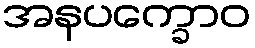
အနပက္ခောဝ